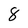
Character: 8